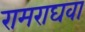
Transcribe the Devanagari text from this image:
रामराघवा